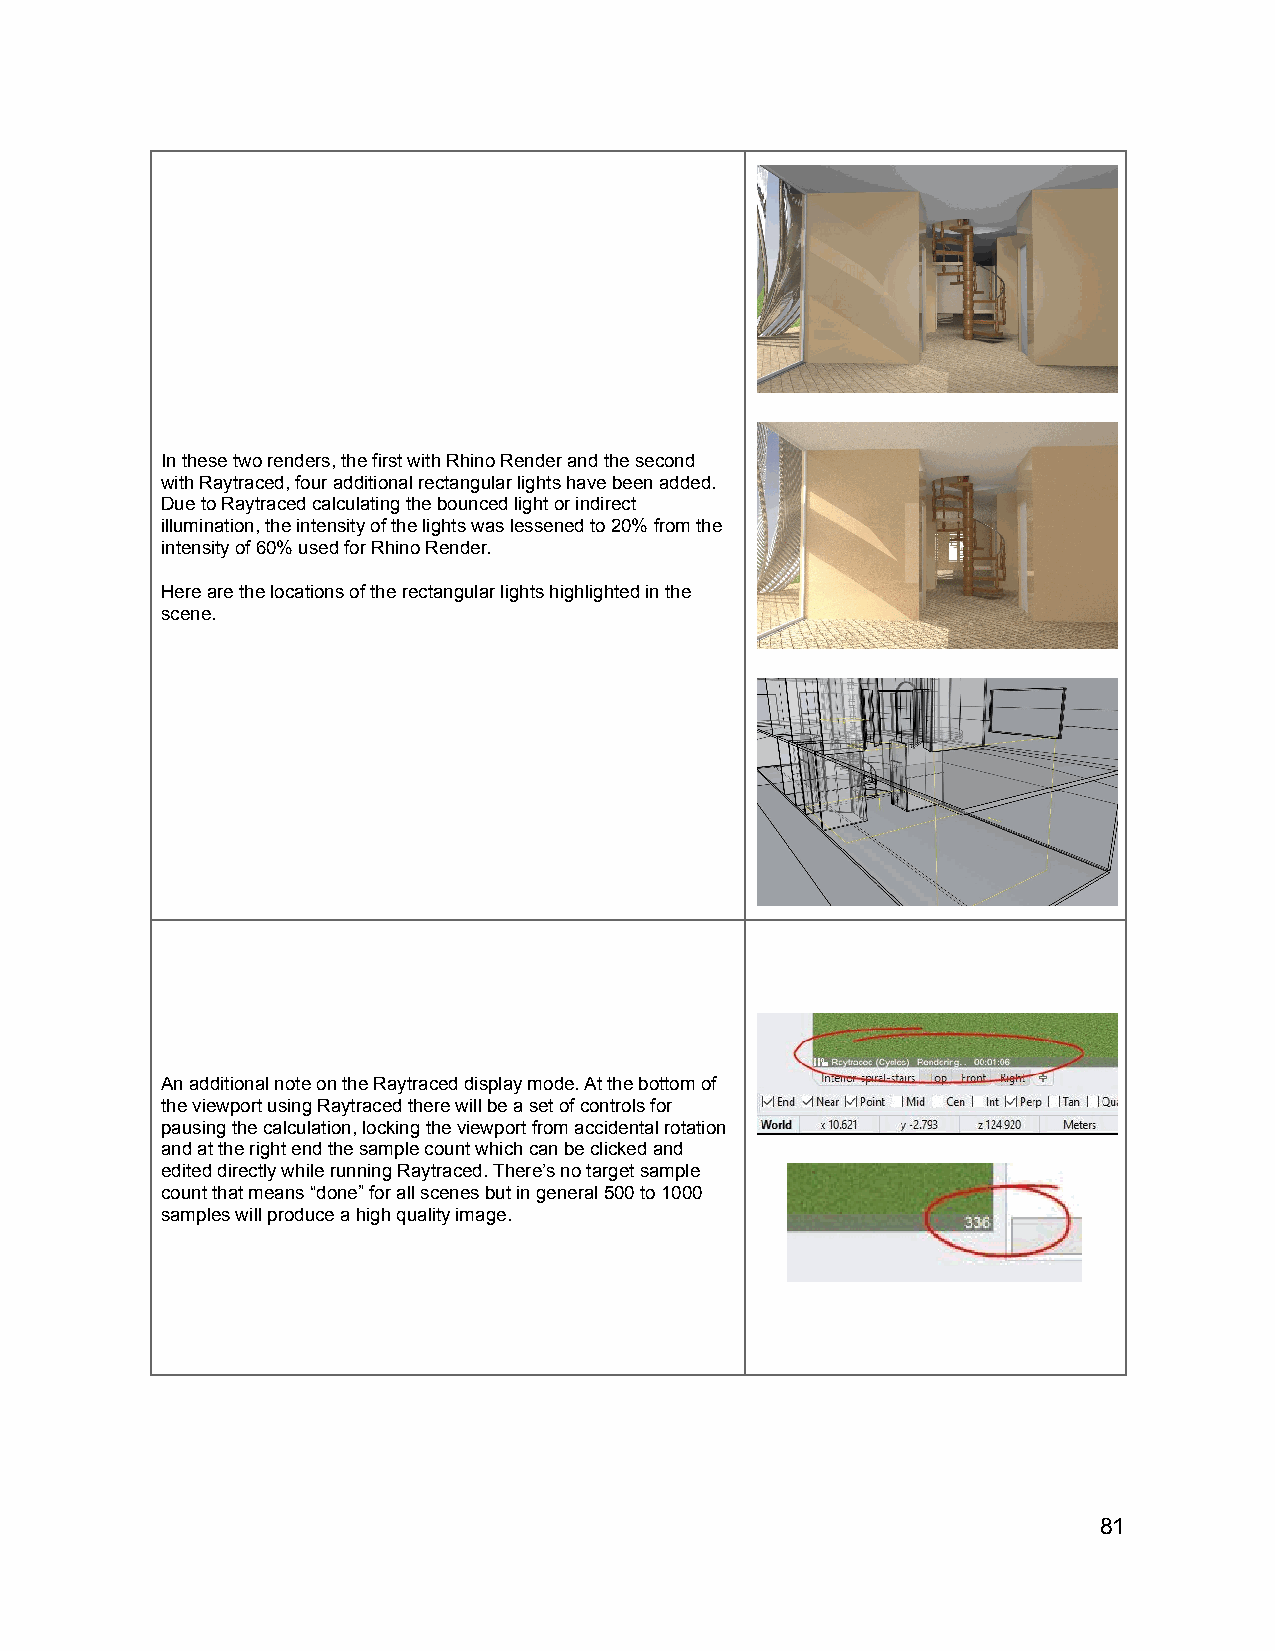
In these two renders, the first with Rhino Render and the second
 with Raytraced, four additional rectangular lights have been added.
 Due to Raytraced calculating the bounced light or indirect
 illumination, the intensity of the lights was lessened to 20% from the
 intensity of 60% used for Rhino Render.
 Here are the locations of the rectangular lights highlighted in the
 scene.
 An additional note on the Raytraced display mode. At the bottom of
 the viewport using Raytraced there will be a set of controls for
 pausing the calculation, locking the viewport from accidental rotation
 and at the right end the sample count which can be clicked and
 edited directly while running Raytraced. There’s no target sample
 count that means “done” for all scenes but in general 500 to 1000
 samples will produce a high quality image.
 81